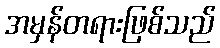
အမှန်တရားဖြစ်သည်